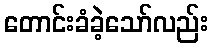
တောင်းခံခဲ့သော်လည်း